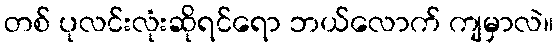
တစ် ပုလင်းလုံးဆိုရင်ရော ဘယ်လောက် ကျမှာလဲ။